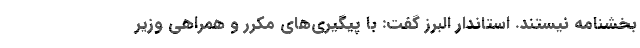
بخشنامه نیستند. استاندار البرز گفت: با پیگیری‌های مکرر و همراهی وزیر